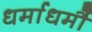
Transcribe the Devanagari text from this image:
धर्माधर्मौ